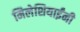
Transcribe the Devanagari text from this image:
मिलेशियाईंनी